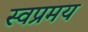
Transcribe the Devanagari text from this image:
स्वप्रमय